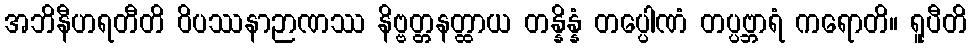
အဘိနီဟရတီတိ ဝိပဿနာဉာဏဿ နိဗ္ဗတ္တနတ္ထာယ တန္နိန္နံ တပ္ပေါဏံ တပ္ပဗ္ဘာရံ ကရောတိ။ ရူပီတိ